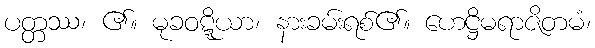
ပတ္တဿ၊ ၏။ မုခဝဋ္ဋိယာ၊ နားခမ်းရစ်၏။ ဟေဋ္ဌိမရာဇိတမံ၊